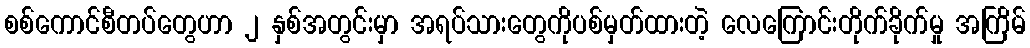
စစ်ကောင်စီတပ်တွေဟာ ၂ နှစ်အတွင်းမှာ အရပ်သားတွေကိုပစ်မှတ်ထားတဲ့ လေကြောင်းတိုက်ခိုက်မှု အကြိမ်